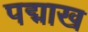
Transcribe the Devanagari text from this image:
पद्माख